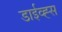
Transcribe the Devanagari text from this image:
डाईव्ह्स